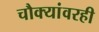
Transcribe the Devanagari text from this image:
चौक्यांवरही